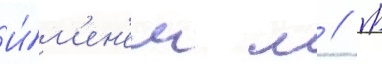
И́м'ен'ем м // М